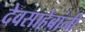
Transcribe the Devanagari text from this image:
देवसाहेबांनी